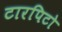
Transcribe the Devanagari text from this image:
टारपिटो